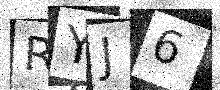
Text: RYJ6